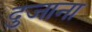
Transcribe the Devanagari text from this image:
दुजाना